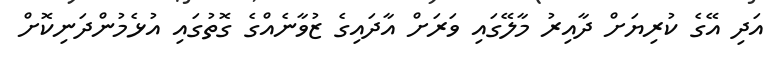
އަދި އޭގެ ކުރިޔަށް ދާއިރު މާލޭގައި ވަރަށް އާދައިގެ ޒުވާނެއްގެ ގޮތުގައި އުޅެމުންދަނިކޮށް